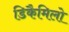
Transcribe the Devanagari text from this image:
डिकैमिलो